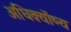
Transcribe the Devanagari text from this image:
अधिक्योंष्य